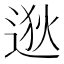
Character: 逖